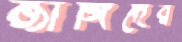
জাঙ্গিদের